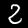
Digit: 2